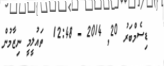
ޑިސެމްބަރު 20